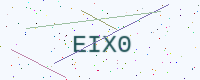
Text: EIX0